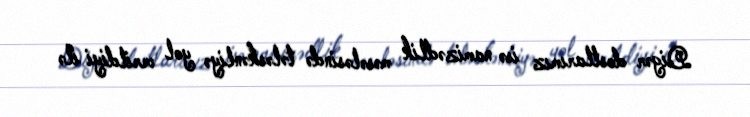
Digər dostlarımız isə namizədlik məsələsində tələskənliyə yol verildiyi ilə